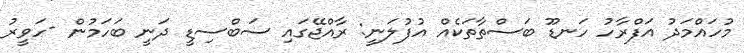
މުހައްމަދު އަފްރާހު ހަނޑޫ ބަސްތާތަކެއް އުފުލަނީ: ރާއްޖޭގައި ސަބްސިޑީ ދަނީ ބަހަމުން -ހަވީރު